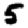
Digit: 5